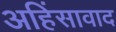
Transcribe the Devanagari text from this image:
अहिंसावाद